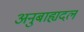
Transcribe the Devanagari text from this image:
अनुबाह्यदल